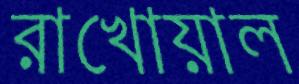
রাখোয়াল